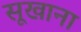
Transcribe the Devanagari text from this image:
सूखाना